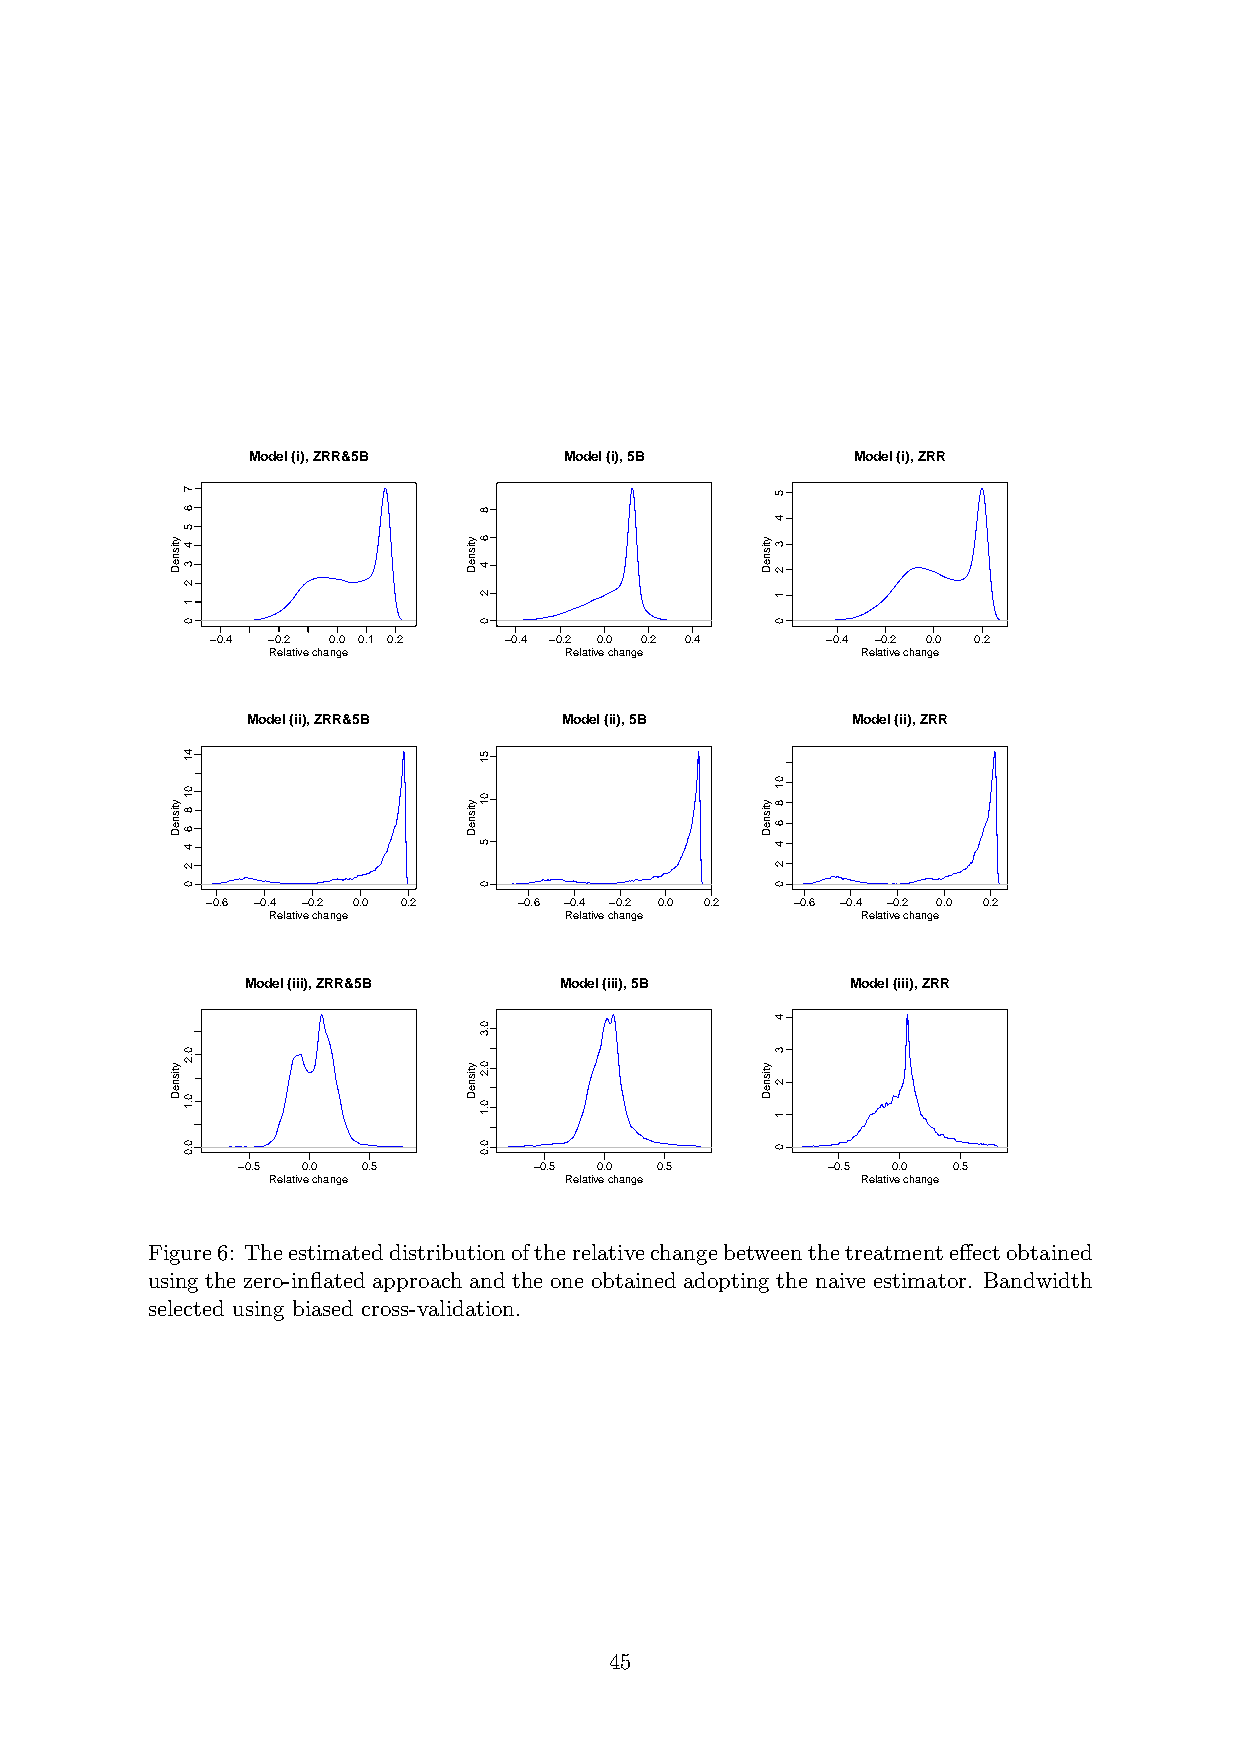
Model (i), ZRR&5B    Model (i), 5B      Model (i), ZRR
 −0.4 −0.2 0.0 0.1 0.2 −0.4 −0.2 0.0 0.2 0.4 −0.4 −0.2 0.0 0.2
 Relative change    Relative change     Relative change
 Model (ii), ZRR&5B   Model (ii), 5B     Model (ii), ZRR
 −0.6 −0.4 −0.2 0.0 0.2 −0.6 −0.4 −0.2 0.0 0.2 −0.6 −0.4 −0.2 0.0 0.2
 Relative change    Relative change     Relative change
 Model (iii), ZRR&5B  Model (iii), 5B    Model (iii), ZRR
 −0.5 0.0 0.5       −0.5 0.0 0.5        −0.5 0.0 0.5
 Relative change    Relative change     Relative change
 Figure6: Theestimateddistributionoftherelativechangebetweenthetreatmenteffectobtained
 using the zero-inflated approach and the one obtained adopting the naive estimator. Bandwidth
 selected using biased cross-validation.
 45
 ytisneD
 ytisneD
 ytisneD
 7
 6
 5
 4
 3
 2
 1
 0
 41
 01
 8
 6
 4
 2
 0
 0.2
 0.1
 0.0
 ytisneD
 ytisneD
 ytisneD
 8
 6
 4
 2
 0
 51
 01
 5
 0
 0.3
 0.2
 0.1
 0.0
 ytisneD
 ytisneD
 ytisneD
 5
 4
 3
 2
 1
 0
 01
 8
 6
 4
 2
 0
 4
 3
 2
 1
 0